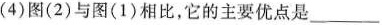
(4)图(2)与图(1)相比，它的主要优点是___